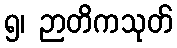
၅၊ ဉာတိကသုတ်